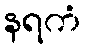
နရကံ